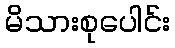
မိသားစုပေါင်း